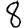
Digit: 8